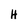
Character: H